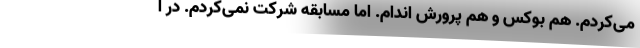
می‌کردم. هم بوکس و هم پرورش اندام. اما مسابقه شرکت نمی‌کردم. در ا